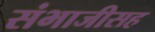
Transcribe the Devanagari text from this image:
संभाजीसह